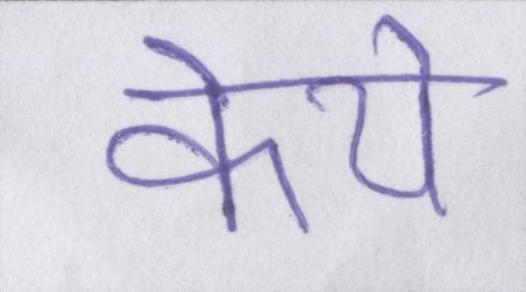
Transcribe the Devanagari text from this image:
केये